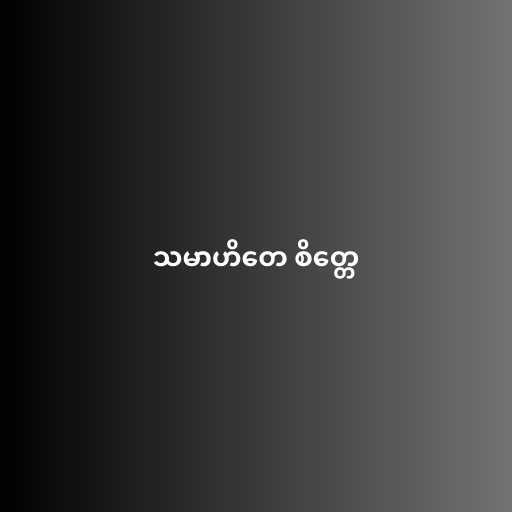
သမာဟိတေ စိတ္တေ